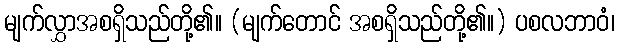
မျက်လွှာအစရှိသည်တို့၏။ (မျက်တောင် အစရှိသည်တို့၏။) ပစလဘာဝံ၊